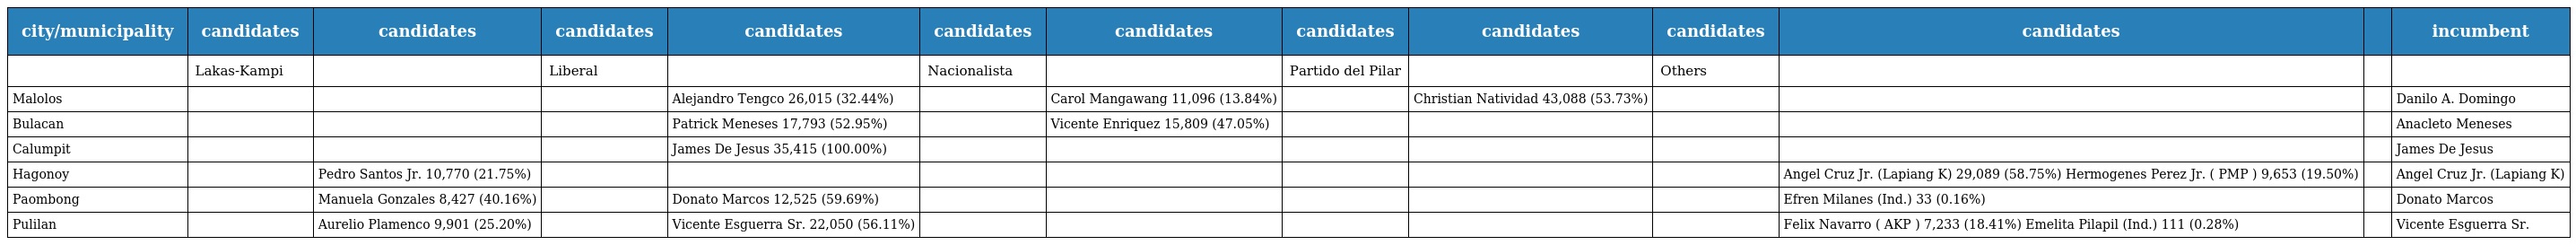
| city/municipality | candidates | candidates | candidates | candidates | candidates | candidates | candidates | candidates | candidates | candidates |  | incumbent |
 | --- | --- | --- | --- | --- | --- | --- | --- | --- | --- | --- | --- | --- |
 |  | Lakas-Kampi |  | Liberal |  | Nacionalista |  | Partido del Pilar |  | Others |  |  |  |
 | Malolos |  |  |  | Alejandro Tengco 26,015 (32.44%) |  | Carol Mangawang 11,096 (13.84%) |  | Christian Natividad 43,088 (53.73%) |  |  |  | Danilo A. Domingo |
 | Bulacan |  |  |  | Patrick Meneses 17,793 (52.95%) |  | Vicente Enriquez 15,809 (47.05%) |  |  |  |  |  | Anacleto Meneses |
 | Calumpit |  |  |  | James De Jesus 35,415 (100.00%) |  |  |  |  |  |  |  | James De Jesus |
 | Hagonoy |  | Pedro Santos Jr. 10,770 (21.75%) |  |  |  |  |  |  |  | Angel Cruz Jr. (Lapiang K) 29,089 (58.75%) Hermogenes Perez Jr. ( PMP ) 9,653 (19.50%) |  | Angel Cruz Jr. (Lapiang K) |
 | Paombong |  | Manuela Gonzales 8,427 (40.16%) |  | Donato Marcos 12,525 (59.69%) |  |  |  |  |  | Efren Milanes (Ind.) 33 (0.16%) |  | Donato Marcos |
 | Pulilan |  | Aurelio Plamenco 9,901 (25.20%) |  | Vicente Esguerra Sr. 22,050 (56.11%) |  |  |  |  |  | Felix Navarro ( AKP ) 7,233 (18.41%) Emelita Pilapil (Ind.) 111 (0.28%) |  | Vicente Esguerra Sr. |